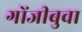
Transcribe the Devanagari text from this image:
गोंजीबुवा